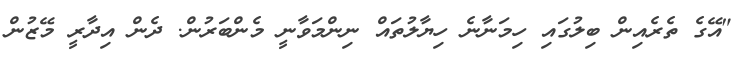
"އޭގެ ތެރެއިން ބިލުގައި ހިމަނާނެ ހިޔާލުތައް ނިންމަވާނީ މެންބަރުން. ދެން އިދާރީ މޭޒުން